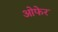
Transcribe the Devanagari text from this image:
ओफेर